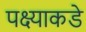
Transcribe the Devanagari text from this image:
पक्ष्याकडे